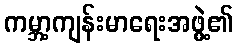
ကမ္ဘာ့ကျန်းမာရေးအဖွဲ့၏